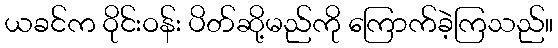
ယခင်က ဝိုင်းဝန်း ပိတ်ဆို့မည်ကို ကြောက်ခဲ့ကြသည်။